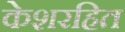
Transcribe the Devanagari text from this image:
केशरहित